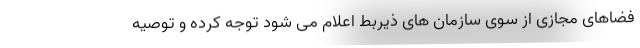
فضاهای مجازی از سوی سازمان های ذیربط اعلام می شود توجه کرده و توصیه